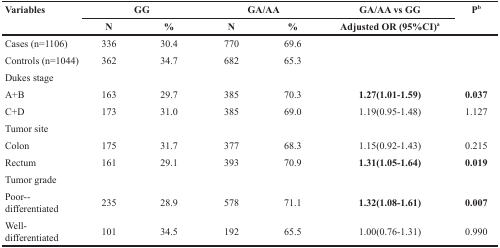
<table><thead><tr><td rowspan="2"><b>Variables</b></td><td colspan="2"><b>GG</b></td><td colspan="2"><b>GA/AA</b></td><td><b>GA/AA vs GG</b></td><td rowspan="2"><b>P<sup>b</sup></b></td></tr><tr><td><b>N</b></td><td><b>%</b></td><td><b>N</b></td><td><b>%</b></td><td><b>Adjusted OR (95%CI)<sup>a</sup></b></td></tr></thead><tbody><tr><td>Cases (n=1106)</td><td>336</td><td>30.4</td><td>770</td><td>69.6</td><td></td><td></td></tr><tr><td>Controls (n=1044)</td><td>362</td><td>34.7</td><td>682</td><td>65.3</td><td></td><td></td></tr><tr><td>Dukes stage</td><td></td><td></td><td></td><td></td><td></td><td></td></tr><tr><td>A+B</td><td>163</td><td>29.7</td><td>385</td><td>70.3</td><td><b>1.27(1.01-1.59)</b></td><td><b>0.037</b></td></tr><tr><td>C+D</td><td>173</td><td>31.0</td><td>385</td><td>69.0</td><td>1.19(0.95-1.48)</td><td>1.127</td></tr><tr><td>Tumor site</td><td></td><td></td><td></td><td></td><td></td><td></td></tr><tr><td>Colon</td><td>175</td><td>31.7</td><td>377</td><td>68.3</td><td>1.15(0.92-1.43)</td><td>0.215</td></tr><tr><td>Rectum</td><td>161</td><td>29.1</td><td>393</td><td>70.9</td><td><b>1.31(1.05-1.64)</b></td><td><b>0.019</b></td></tr><tr><td>Tumor grade</td><td></td><td></td><td></td><td></td><td></td><td></td></tr><tr><td>Poor--differentiated</td><td>235</td><td>28.9</td><td>578</td><td>71.1</td><td><b>1.32(1.08-1.61)</b></td><td><b>0.007</b></td></tr><tr><td>Well-differentiated</td><td>101</td><td>34.5</td><td>192</td><td>65.5</td><td>1.00(0.76-1.31)</td><td>0.990</td></tr></tbody></table>